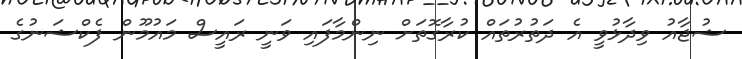
ޝުޖާއު ވިދާޅުވީ އެ ދަތުރުތައް ކުރާގޮތަށް ނިންމާފައި ވަނީ ރައީސް މައުމޫން ފެކްޝަނުގެ